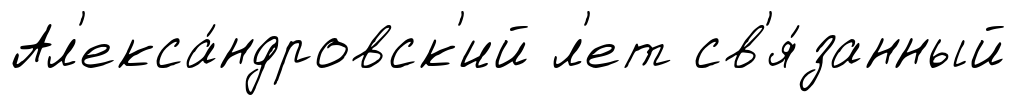
Ал'екса́ндровск'ий л'ет св'я́занный